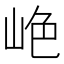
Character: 𫵺